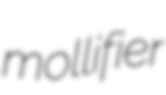
mollifier